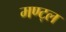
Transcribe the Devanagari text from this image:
मण्ट्ल